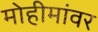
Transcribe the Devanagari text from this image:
मोहीमांवर